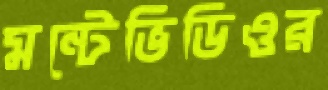
মন্টেভিডিওর